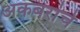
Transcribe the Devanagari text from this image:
अकबरांचे